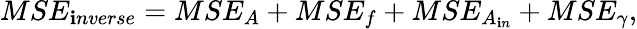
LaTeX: MSE_{\mathbf{i}nverse}=MSE_{A}+MSE_{f}+MSE_{A_{\mathbf{i}n}}+MSE_{\gamma},